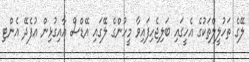
ލޭގެ ތަހުލީލްތަކުގެ އެހީގައި ބަލިޖެހިފައިވާ މީހުންގެ ލޭގައި އޭޑްސް އާއިގުޅިން އުފެދޭ އެންޓި